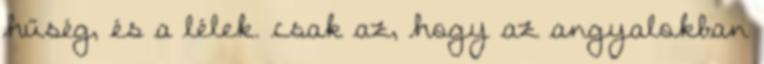
hűség, és a lélek. csak az, hogy az angyalokban